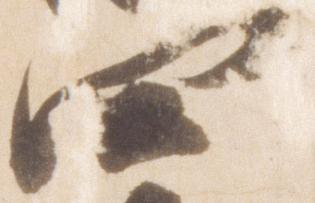
四